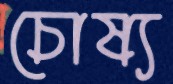
চোষ্য